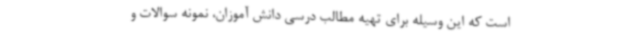
است که این وسیله برای تهیه مطالب درسی دانش آموزان، نمونه سوالات و